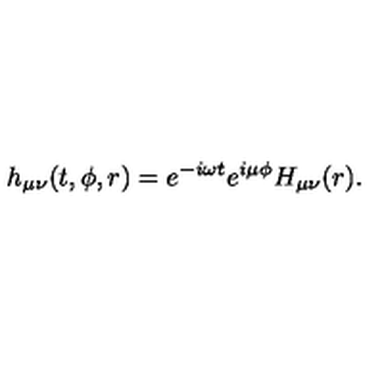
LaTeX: h _ { \mu \nu } ( t , \phi , r ) = e ^ { - i \omega t } e ^ { i \mu \phi } H _ { \mu \nu } ( r ) .